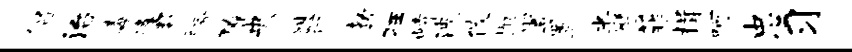
侣治毒逢数胯獠央艘行勃狂峙波攸抛翌置半僭菲揖呵忠习